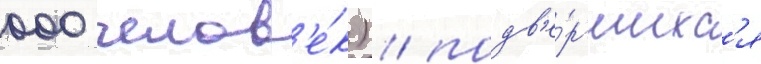
000 челов'е́к) / подв'е́ргшихс'я